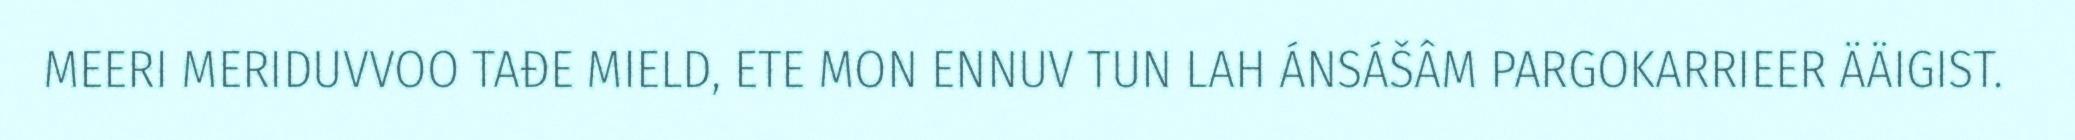
MEERI MERIDUVVOO TAĐE MIELD, ETE MON ENNUV TUN LAH ÁNSÁŠÂM PARGOKARRIEER ÄÄIGIST.